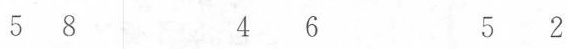
5 8 4 6 5 2